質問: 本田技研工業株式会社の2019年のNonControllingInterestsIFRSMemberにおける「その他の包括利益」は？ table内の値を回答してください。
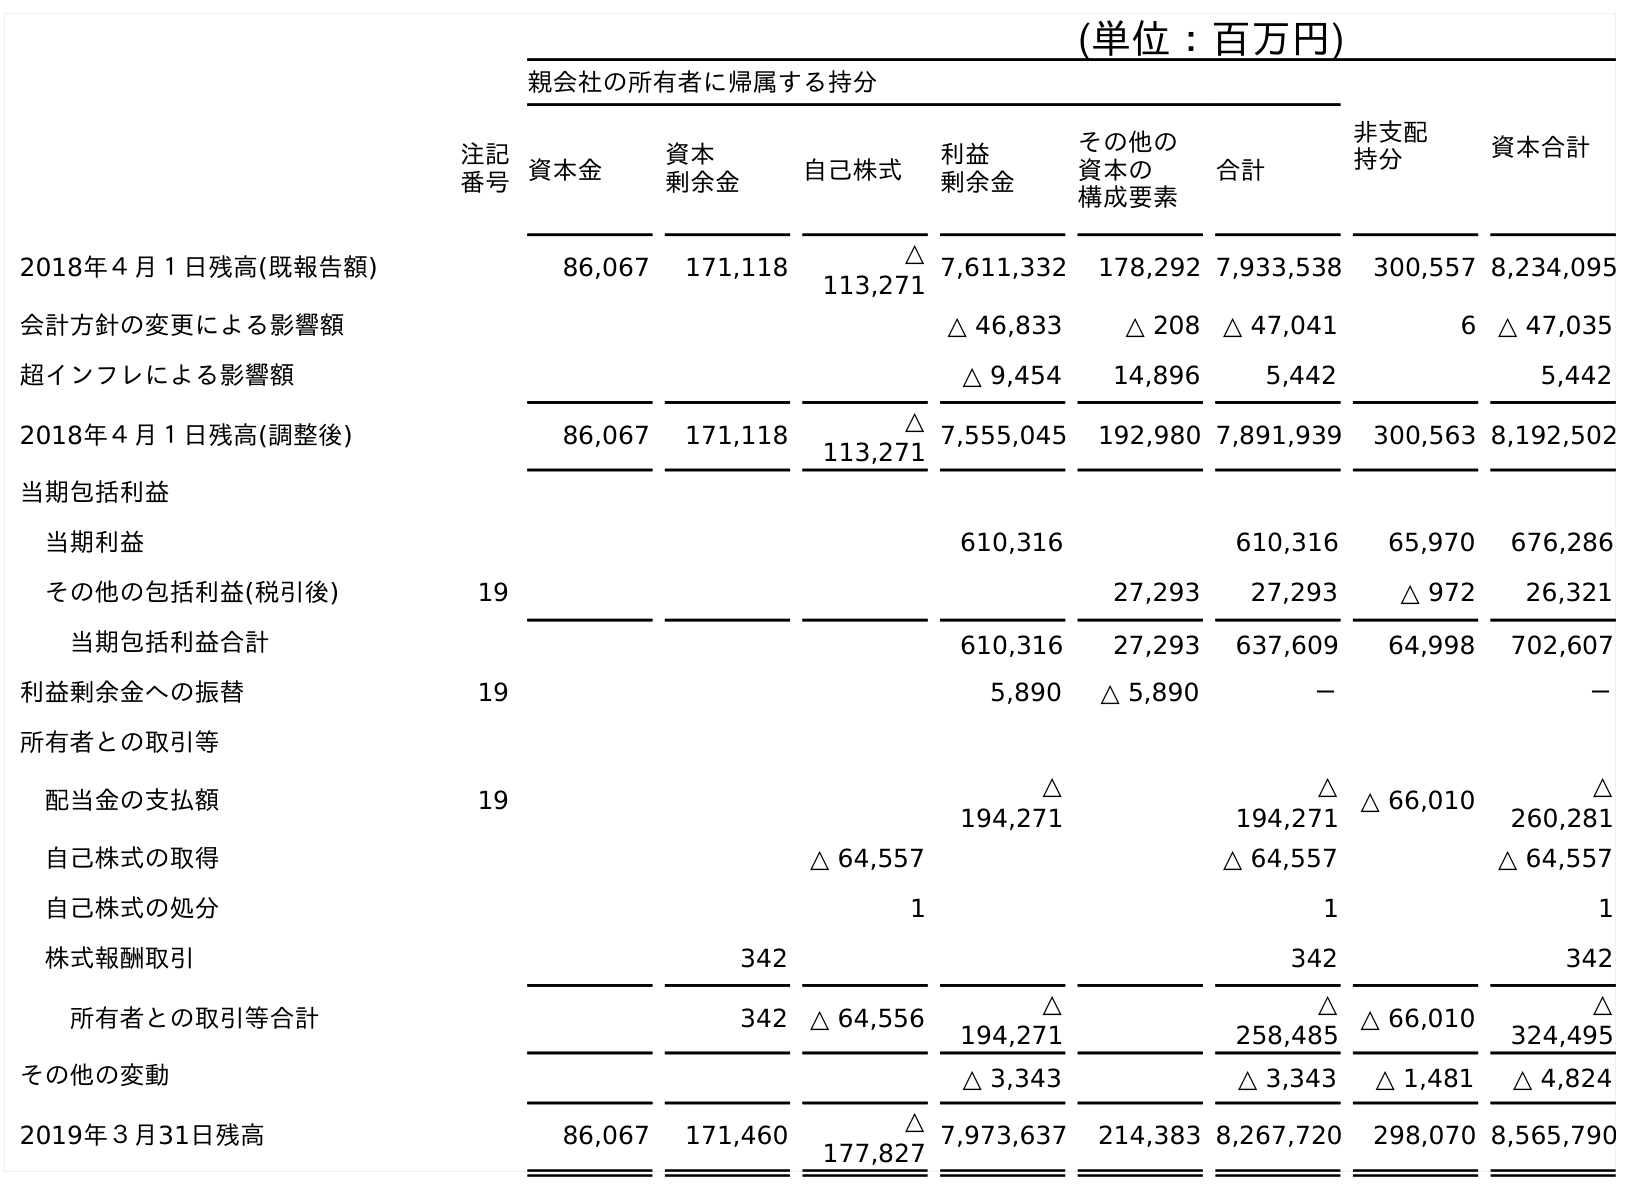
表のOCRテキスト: (単位：百万円) 親会社の所有者に帰属する持分 非支配 持分 資本合計 注記 番号資本金 資本 剰余金 自己株式 利益 剰余金 その他の 資本の 構成要素 合計 2018年４月１日残高(既報告額) 86,067 171,118 △ 113,271 7,611,332 178,292 7,933,538 300,557 8,234,095 会計方針の変更による影響額 △ 46,833 △ 208 △ 47,041 6 △ 47,035 超インフレによる影響額 △ 9,454 14,896 5,442 5,442 2018年４月１日残高(調整後) 86,067 171,118 △ 113,271 7,555,045 192,980 7,891,939 300,563 8,192,502 当期包括利益 当期利益 610,316 610,316 65,970 676,286 その他の包括利益(税引後) 19 27,293 27,293 △ 972 26,321 当期包括利益合計 610,316 27,293 637,609 64,998 702,607 利益剰余金への振替 19 5,890 △ 5,890 － － 所有者との取引等 配当金の支払額 19 △ 194,271 △ 194,271 △ 66,010 △ 260,281 自己株式の取得 △ 64,557 △ 64,557 △ 64,557 自己株式の処分 1 1 1 株式報酬取引 342 342 342 所有者との取引等合計 342 △ 64,556 △ 194,271 △ 258,485 △ 66,010 △ 324,495 その他の変動 △ 3,343 △ 3,343 △ 1,481 △ 4,824 2019年３月31日残高 86,067 171,460 △ 177,827 7,973,637 214,383 8,267,720 298,070 8,565,790
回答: △972